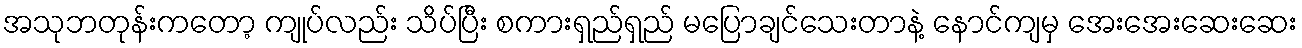
အသုဘတုန်းကတော့ ကျုပ်လည်း သိပ်ပြီး စကားရှည်ရှည် မပြောချင်သေးတာနဲ့ နောင်ကျမှ အေးအေးဆေးဆေး